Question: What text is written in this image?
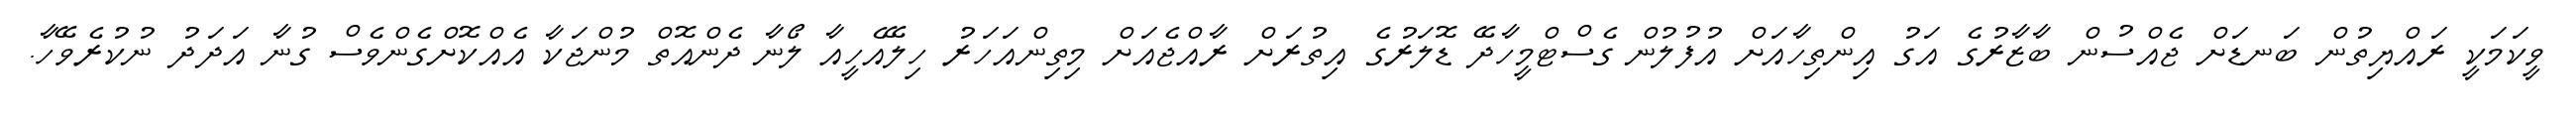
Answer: ވީކަމަކީ ރައްޔިތުން ބަނޑަށް ޖެއްސުން ބާޒާރުގެ އަގު އިންތިހާއަށް އުފުލުން ގެސްޓްމީހާދޭ ޑޮލަރުގެ އިތުރަށް ރާއްޖެއަށް މިތިންއަހަރު ހިލޭއެހީއާ ލޯނާ ދެންއޮތް މުންޖަކާ އެއްކޮށްގެންވެސް ގުނާ އަދަދު ނުކުރެވޭހާ.